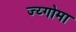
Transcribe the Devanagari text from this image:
ज्य्गोमा